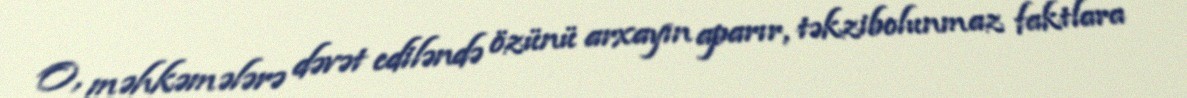
O, məhkəmələrə dəvət ediləndə özünü arxayın aparır, təkzibolunmaz faktlara